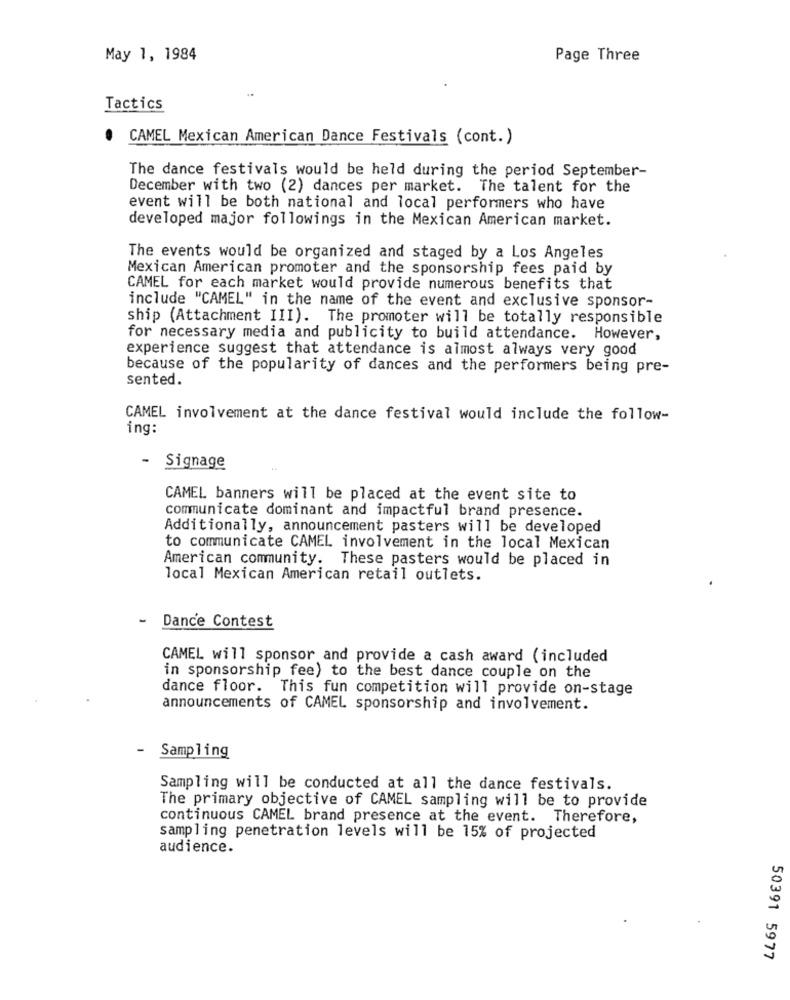
May 1, 1984
Page Three
Tactics
.
CAMEL Mexican American Dance Festivals (cont.)
The dance festivals would be held during the period September-
December with two (2) dances per market. The talent for the
event will be both national and local performers who have
developed major followings in the Mexican American market.
The events would be organized and staged by a Los Angeles
Mexican American promoter and the sponsorship fees paid by
CAMEL for each market would provide numerous benefits that
include "CAMEL" in the name of the event and exclusive sponsor-
ship (Attachment III). The promoter will be totally responsible
for necessary media and publicity to build attendance. However,
experience suggest that attendance is almost always very good
because of the popularity of dances and the performers being pre-
sented.
CAMEL involvement at the dance festival would include the follow-
ing:
-
Signage
CAMEL banners will be placed at the event site to
communicate dominant and impactful brand presence.
Additionally, announcement pasters will be developed
to communicate CAMEL involvement in the local Mexican
American community. These pasters would be placed in
local Mexican American retail outlets.
-
Dance Contest
CAMEL will sponsor and provide a cash award (included
in sponsorship fee) to the best dance couple on the
dance floor. This fun competition will provide on-stage
announcements of CAMEL sponsorship and involvement.
-
Sampling
Sampling will be conducted at all the dance festivals.
The primary objective of CAMEL sampling will be to provide
continuous CAMEL brand presence at the event. Therefore,
sampling penetration levels will be 15% of projected
audience.
50391 5977